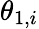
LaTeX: \theta_{1,i}